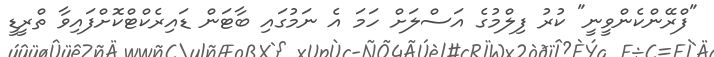
"ފްރޭންކެންވީނީ" ކުރު ފިލްމުގެ އަސްލަށް ހަމަ އެ ނަމުގައި ބާޓަން ޑައިރެކްޓްކޮށްފައިވާ ތްރީޑީ